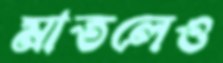
মাতলেও